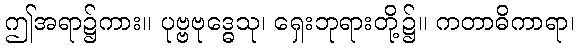
ဤအရာ၌ကား။ ပုဗ္ဗဗုဒ္ဓေသု၊ ရှေးဘုရားတို့၌။ ကတာဓိကာရာ၊